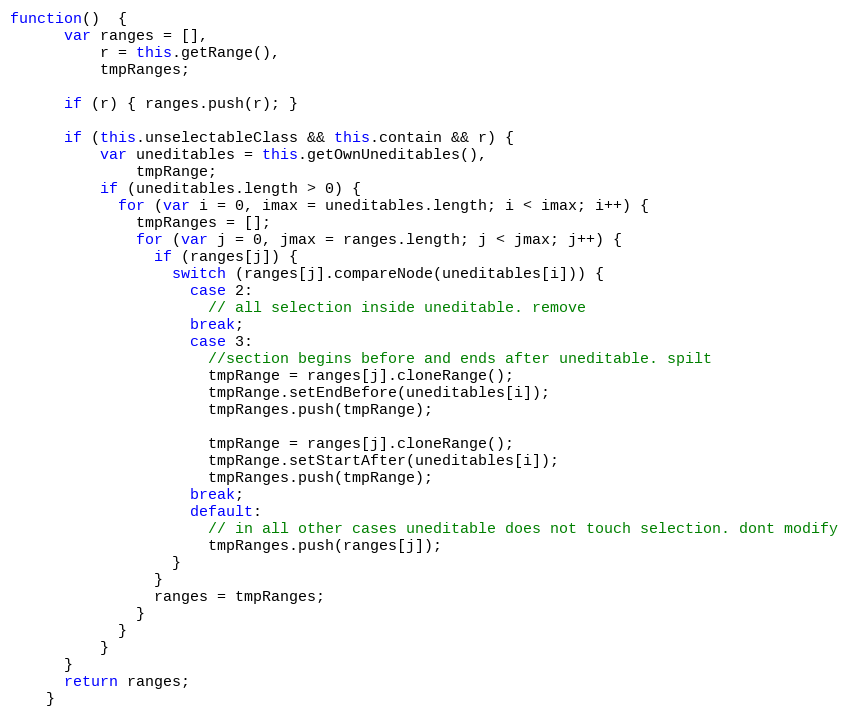
Language: JavaScript
function()  {
      var ranges = [],
          r = this.getRange(),
          tmpRanges;

      if (r) { ranges.push(r); }

      if (this.unselectableClass && this.contain && r) {
          var uneditables = this.getOwnUneditables(),
              tmpRange;
          if (uneditables.length > 0) {
            for (var i = 0, imax = uneditables.length; i < imax; i++) {
              tmpRanges = [];
              for (var j = 0, jmax = ranges.length; j < jmax; j++) {
                if (ranges[j]) {
                  switch (ranges[j].compareNode(uneditables[i])) {
                    case 2:
                      // all selection inside uneditable. remove
                    break;
                    case 3:
                      //section begins before and ends after uneditable. spilt
                      tmpRange = ranges[j].cloneRange();
                      tmpRange.setEndBefore(uneditables[i]);
                      tmpRanges.push(tmpRange);

                      tmpRange = ranges[j].cloneRange();
                      tmpRange.setStartAfter(uneditables[i]);
                      tmpRanges.push(tmpRange);
                    break;
                    default:
                      // in all other cases uneditable does not touch selection. dont modify
                      tmpRanges.push(ranges[j]);
                  }
                }
                ranges = tmpRanges;
              }
            }
          }
      }
      return ranges;
    }